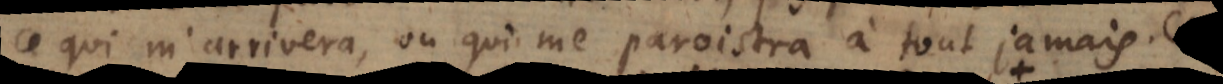
ce qui m’arrivera, ou qui me paroistra à tout jamais.